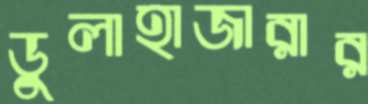
ডুলাহাজারার